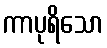
ကာပုရိသော